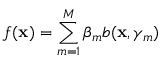
f ( \mathbf { x } ) = \sum _ { m = 1 } ^ { M } \beta _ { m } b ( \mathbf { x } , \gamma _ { m } )